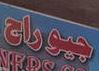
جيوراج